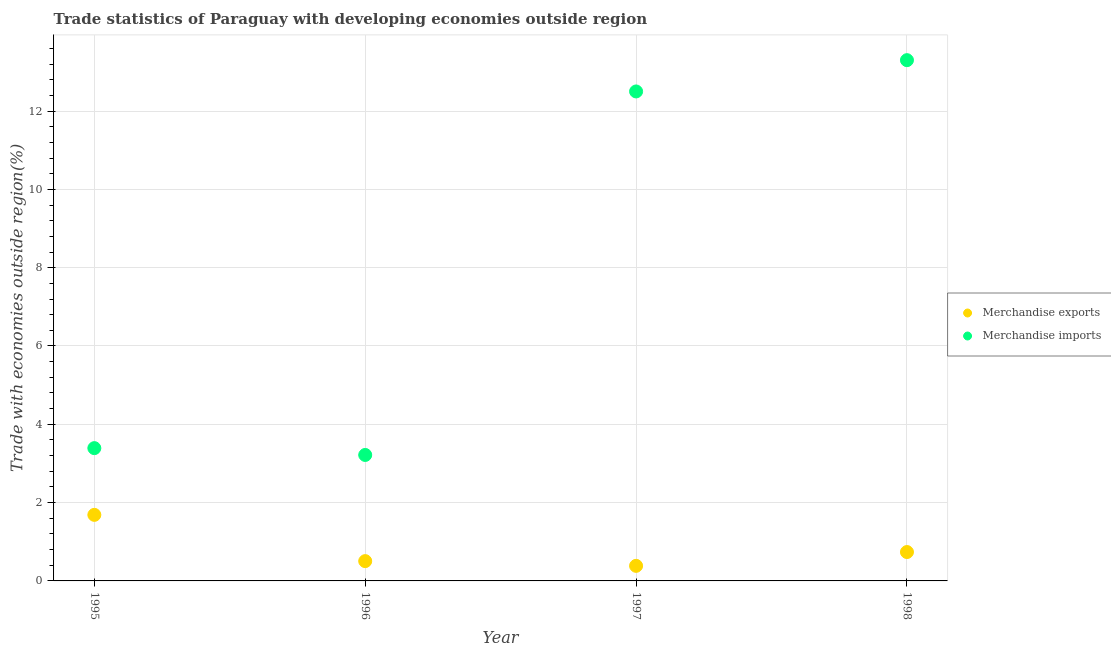
| Year | Merchandise exports | Merchandise imports |
 | --- | --- | --- |
 | 1995 | 1.69 | 3.39 |
 | 1996 | 0.506 | 3.22 |
 | 1997 | 0.385 | 12.5 |
 | 1998 | 0.738 | 13.3 |